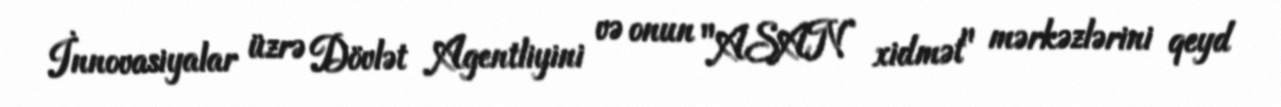
İnnovasiyalar üzrə Dövlət Agentliyini və onun "ASAN xidmət" mərkəzlərini qeyd